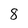
Character: 8